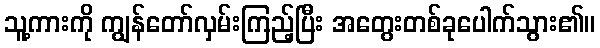
သူ့ကားကို ကျွန်တော်လှမ်းကြည့်ပြီး အတွေးတစ်ခုပေါက်သွား၏။